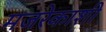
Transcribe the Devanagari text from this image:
मजरेकाशी